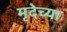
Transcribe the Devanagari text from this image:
मृदेच्या